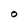
Character: O